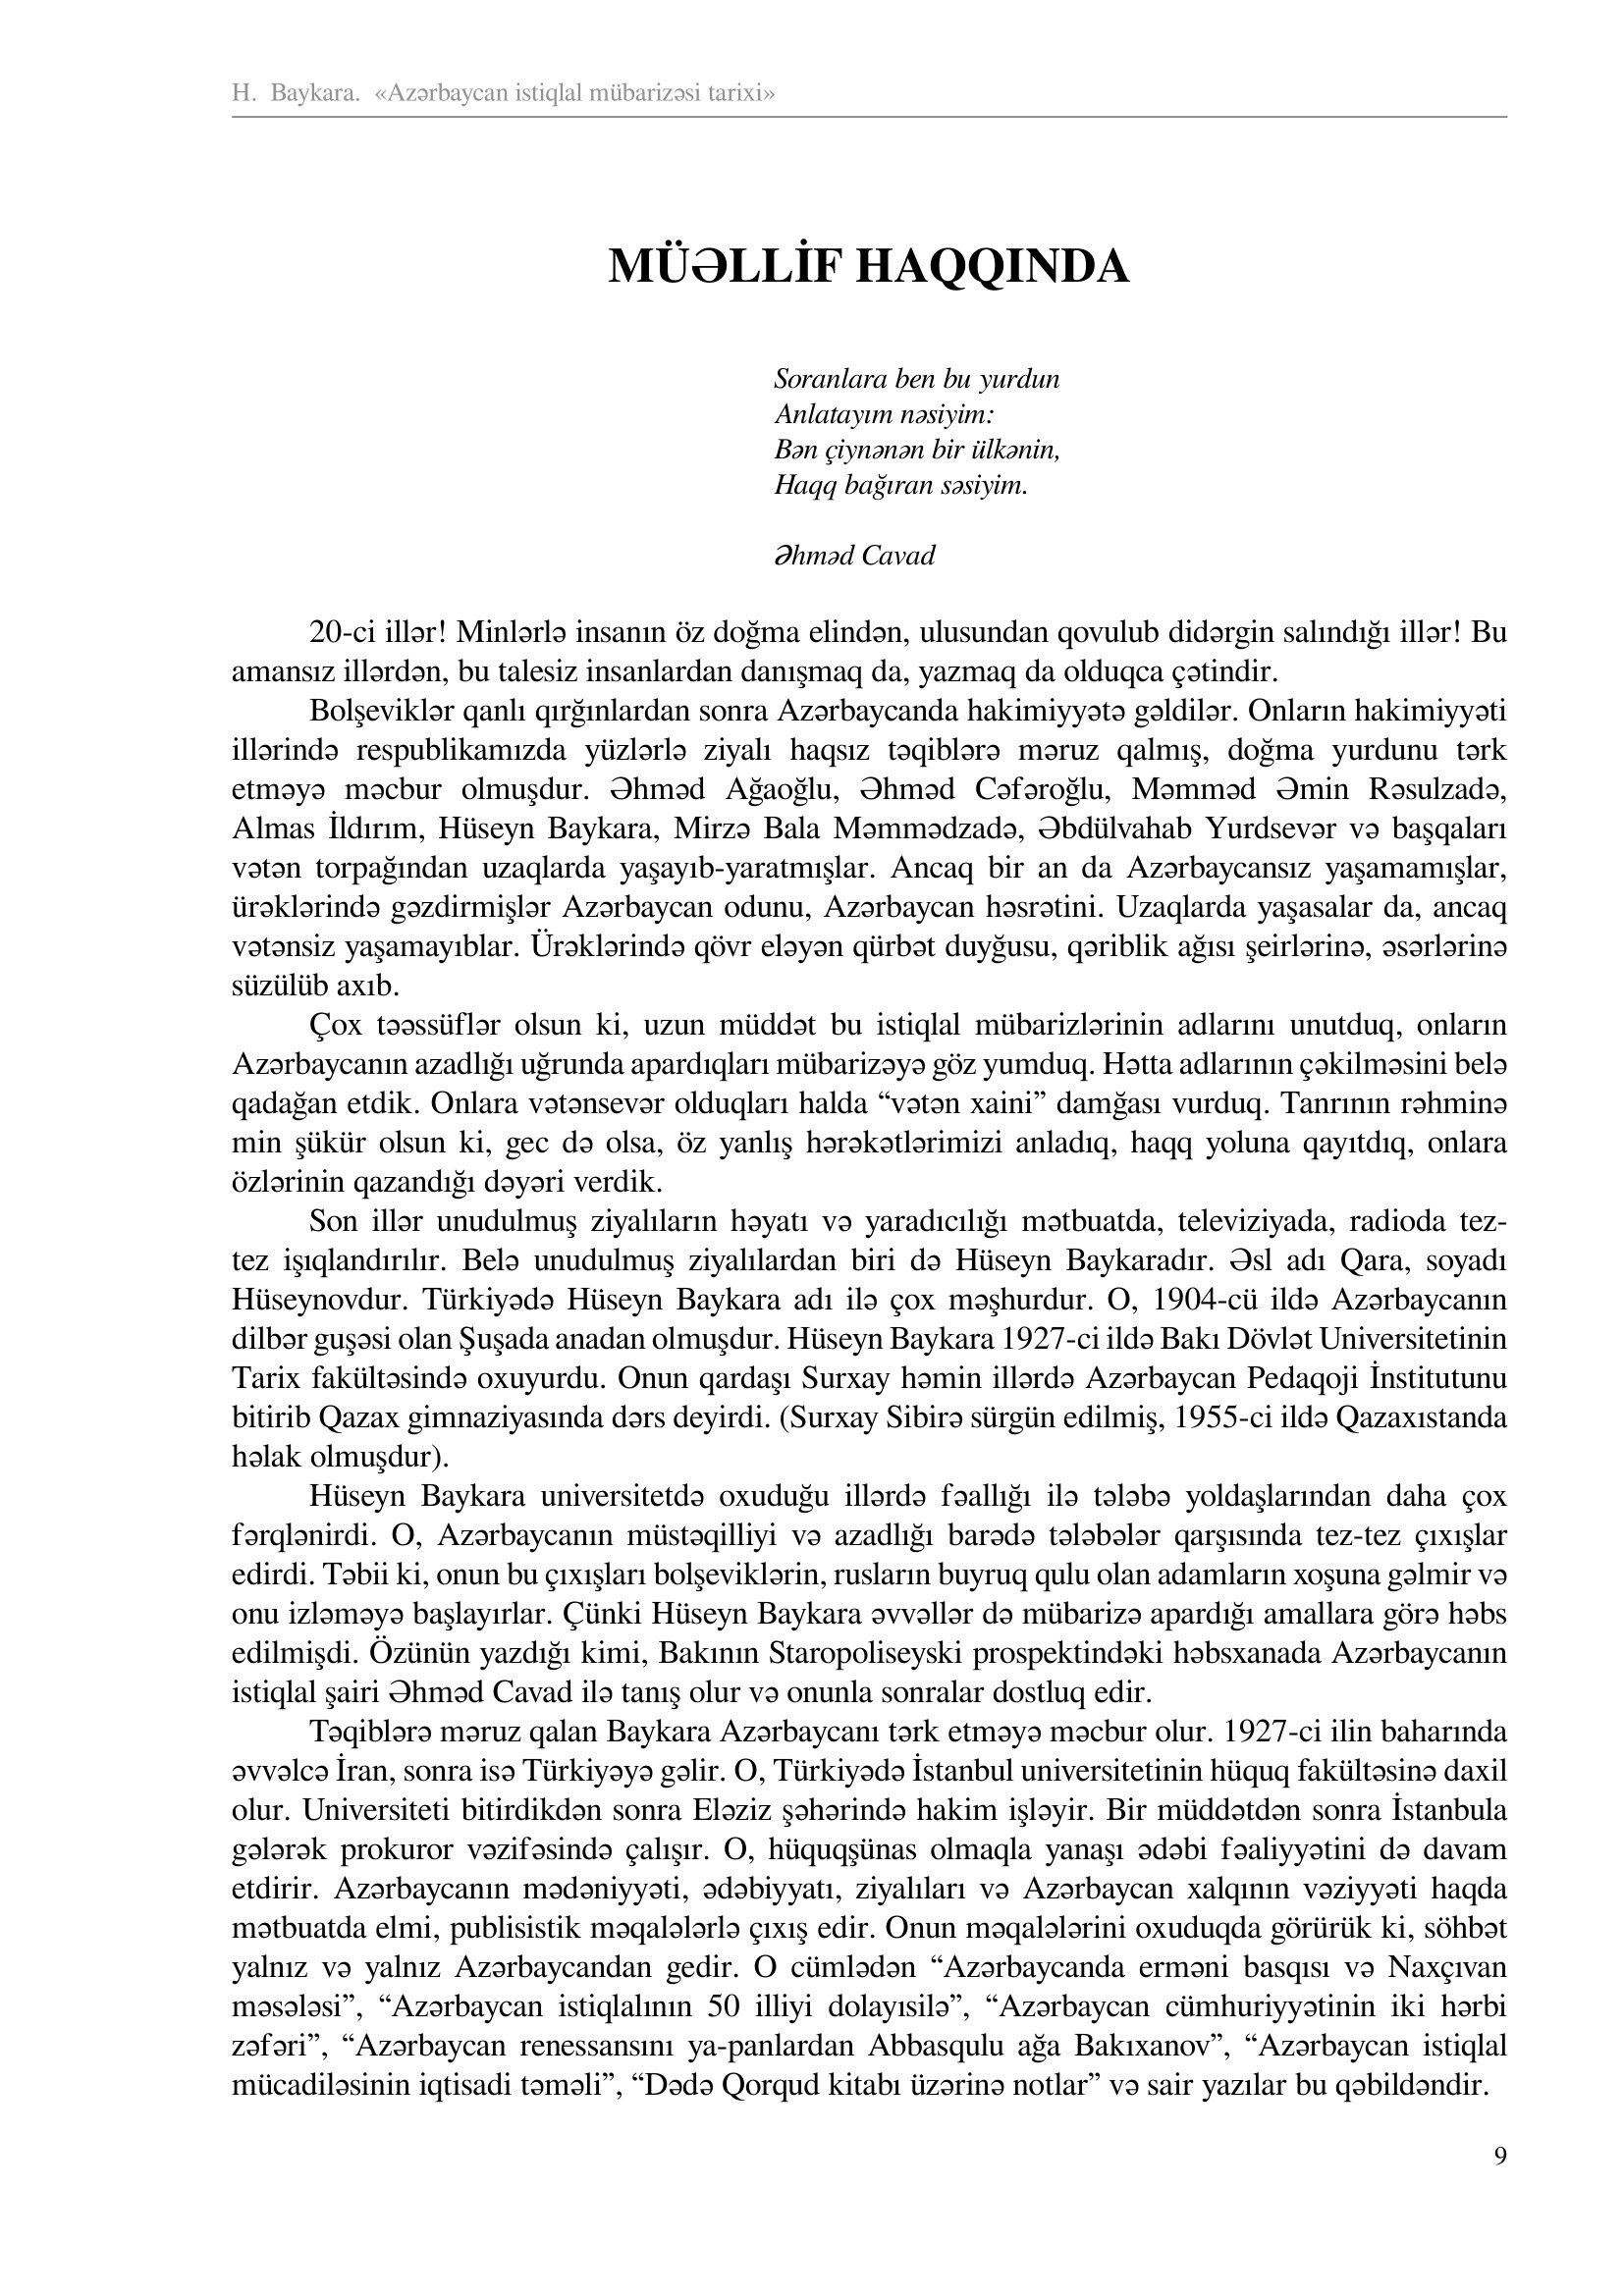
Language: az